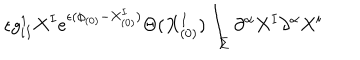
LaTeX: \epsilon g _ { i I } ^ { 1 } X ^ { I } e ^ { \epsilon ( \phi _ { ( 0 ) } - X _ { ( 0 ) } ^ { I } ) } \Theta ( X _ { ( 0 ) } ^ { I } ) \int _ { \Sigma } \partial ^ { \alpha } X ^ { I } \partial ^ { \alpha } X ^ { i }